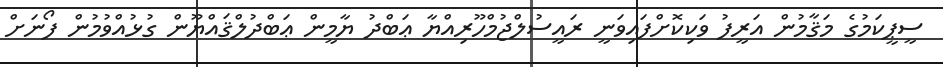
ސީޕީކަމުގެ މަޤާމުން އަރީފު ވަކިކޮށްފައިވަނީ ރައީސުލްޖުމްހޫރިއްޔާ ޢަބްދު ޔާމީން ޢަބްދުލްޤައްޔޫން ގުޅުއްވުމުން ފޯނަށް